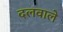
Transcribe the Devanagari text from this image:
दलवाले